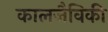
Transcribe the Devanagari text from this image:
कालजैविकी